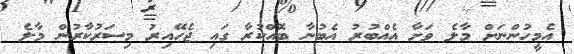
އެމީހުންނަށް މާލެ ވަށާ އެެއްބުރު އެބުނާ ބޮއްކުރާ ގައި ޖެހޭއިރު މިސަރުކާރުން މާލެ